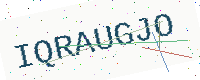
Text: IQRAUGJO